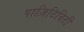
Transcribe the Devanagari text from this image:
पाज़िटिविटी